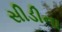
સીડીના